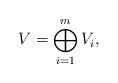
LaTeX: \begin{align*}V = \bigoplus_{i=1}^m V_i,\end{align*}